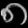
Digit: ၈